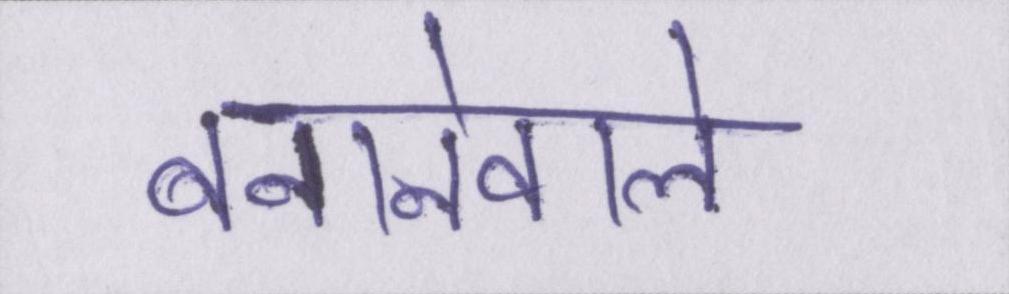
बनानेवाले